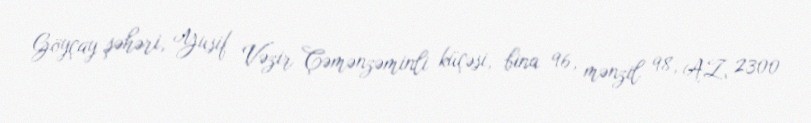
Göyçay şəhəri, Yusif Vəzir Çəmənzəminli küçəsi, bina 96, mənzil 98, AZ 2300